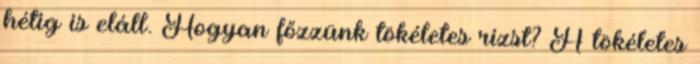
hétig is eláll. Hogyan főzzünk tökéletes rizst? A tökéletes